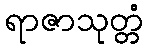
ရာဇာသုတ္တံ